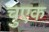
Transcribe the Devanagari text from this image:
चुएक